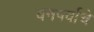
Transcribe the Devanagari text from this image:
वनपर्वाचे